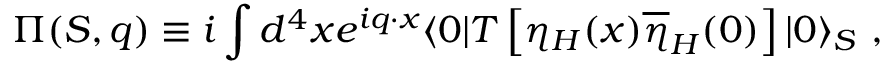
\Pi ( S , q ) \equiv i \int d ^ { 4 } x e ^ { i q \cdot x } \langle 0 | T \left[ \eta _ { H } ( x ) \overline { { { \eta } } } _ { H } ( 0 ) \right] | 0 \rangle _ { S } \ ,